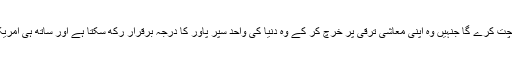
جنگوں سے باہر نکل کر وہ سینکڑوں ارب ڈالرز کی بچت کرے گا جنہیں وہ اپنی معاشی ترقی پر خرچ کر کے وہ دنیا کی واحد سپر پاور کا درجہ برقرار رکھ سکتا ہے اور ساتھ ہی امریکہ پر پڑنے والے معاشی دباؤ سے بھی نمٹ سکتا ہے۔